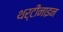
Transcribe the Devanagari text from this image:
थर्टीनाइन